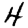
Digit: 4